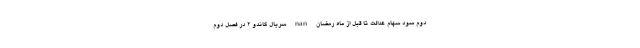
دوم سود سهام عدالت تا قبل از ماه رمضان nan سریال گاندو 2 در فصل دوم